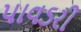
પાવડરી